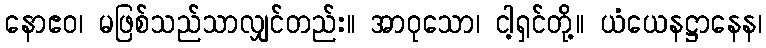
နောဧဝ၊ မဖြစ်သည်သာလျှင်တည်း။ အာဝုသော၊ ငါ့ရှင်တို့။ ယံယေနဋ္ဌာနေန၊